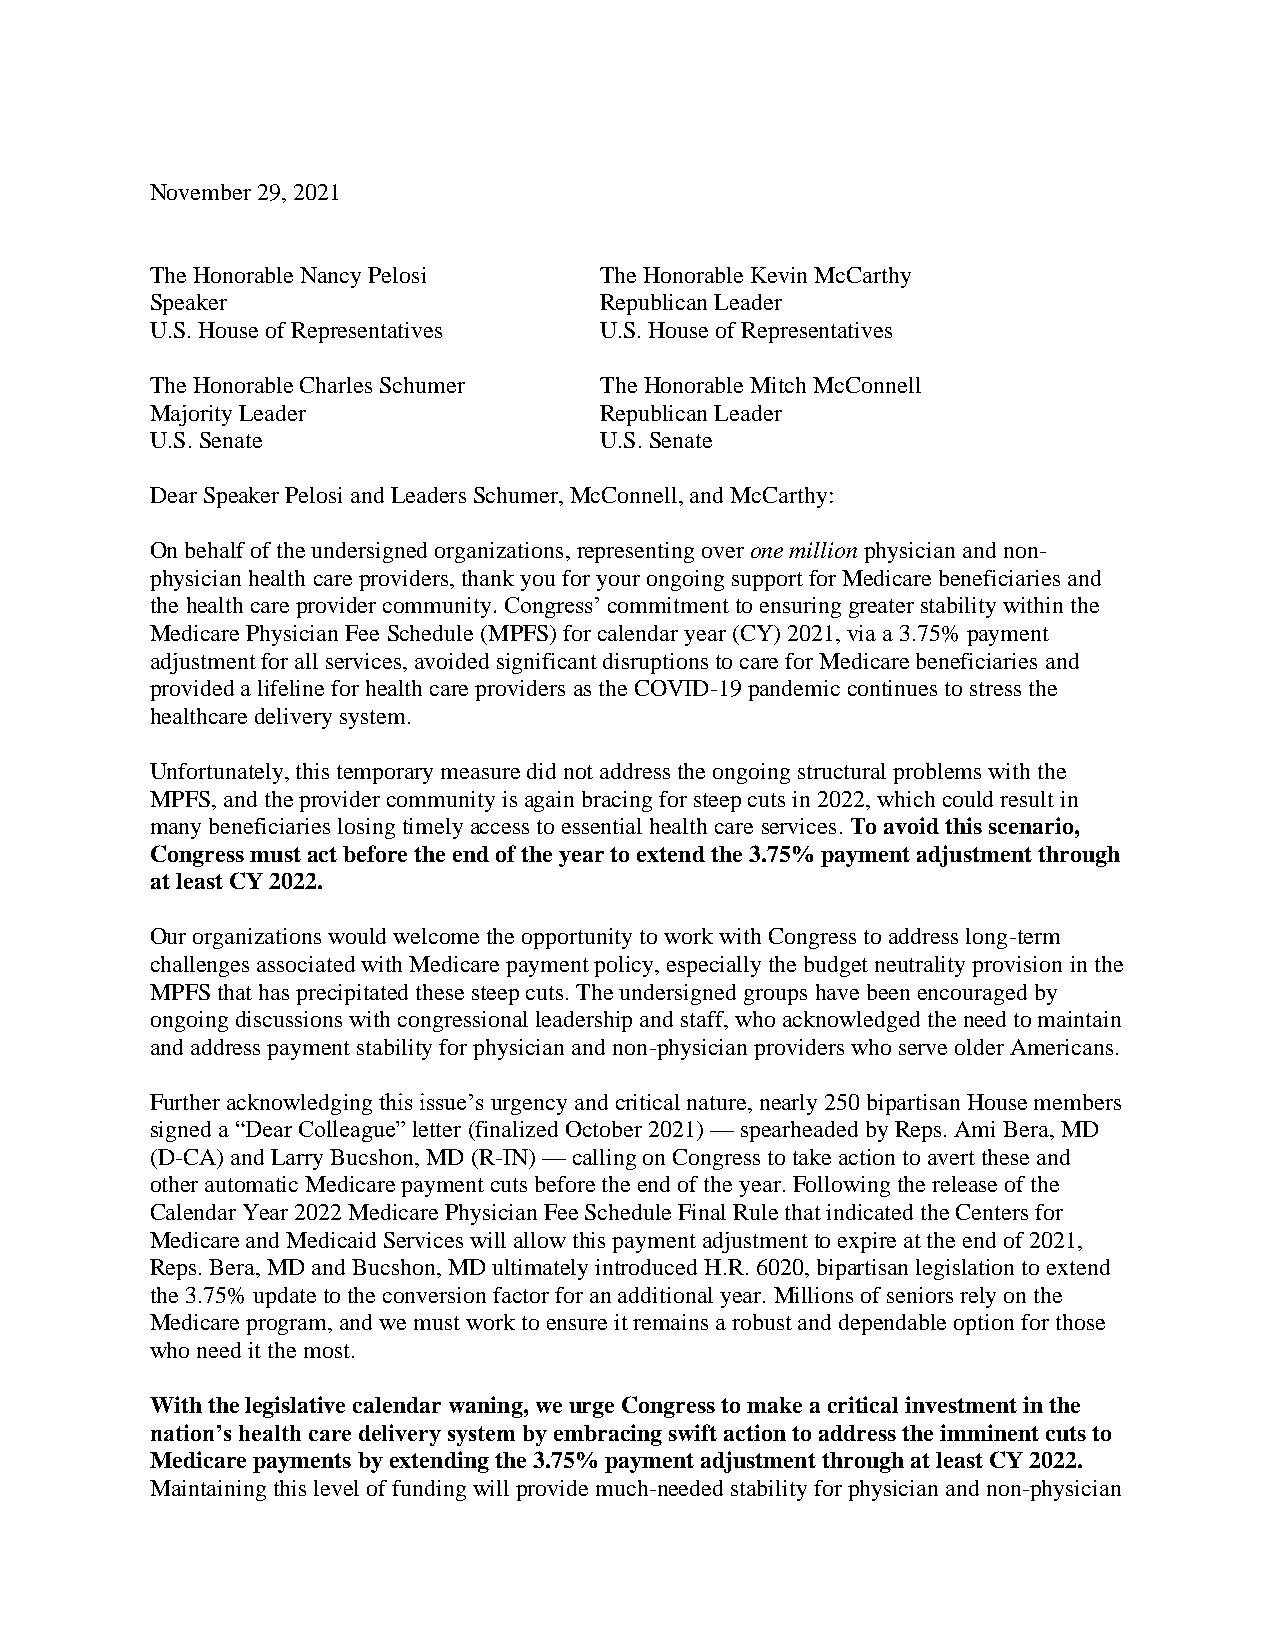
November 29, 2021
 The Honorable Nancy Pelosi    The Honorable Kevin McCarthy
 Speaker                       Republican Leader
 U.S. House of Representatives U.S. House of Representatives
 The Honorable Charles Schumer The Honorable Mitch McConnell
 Majority Leader               Republican Leader
 U.S. Senate                   U.S. Senate
 Dear Speaker Pelosi and Leaders Schumer, McConnell, and McCarthy:
 On behalf of the undersigned organizations, representing over one million physician and non-
 physician health care providers, thank you for your ongoing support for Medicare beneficiaries and
 the health care provider community. Congress’ commitment to ensuring greater stability within the
 Medicare Physician Fee Schedule (MPFS) for calendar year (CY) 2021, via a 3.75% payment
 adjustment for all services, avoided significant disruptions to care for Medicare beneficiaries and
 provided a lifeline for health care providers as the COVID-19 pandemic continues to stress the
 healthcare delivery system.
 Unfortunately, this temporary measure did not address the ongoing structural problems with the
 MPFS, and the provider community is again bracing for steep cuts in 2022, which could result in
 many beneficiaries losing timely access to essential health care services. To avoid this scenario,
 Congress must act before the end of the year to extend the 3.75% payment adjustment through
 at least CY 2022.
 Our organizations would welcome the opportunity to work with Congress to address long-term
 challenges associated with Medicare payment policy, especially the budget neutrality provision in the
 MPFS that has precipitated these steep cuts. The undersigned groups have been encouraged by
 ongoing discussions with congressional leadership and staff, who acknowledged the need to maintain
 and address payment stability for physician and non-physician providers who serve older Americans.
 Further acknowledging this issue’s urgency and critical nature, nearly 250 bipartisan House members
 signed a “Dear Colleague” letter (finalized October 2021) — spearheaded by Reps. Ami Bera, MD
 (D-CA) and Larry Bucshon, MD (R-IN) — calling on Congress to take action to avert these and
 other automatic Medicare payment cuts before the end of the year. Following the release of the
 Calendar Year 2022 Medicare Physician Fee Schedule Final Rule that indicated the Centers for
 Medicare and Medicaid Services will allow this payment adjustment to expire at the end of 2021,
 Reps. Bera, MD and Bucshon, MD ultimately introduced H.R. 6020, bipartisan legislation to extend
 the 3.75% update to the conversion factor for an additional year. Millions of seniors rely on the
 Medicare program, and we must work to ensure it remains a robust and dependable option for those
 who need it the most.
 With the legislative calendar waning, we urge Congress to make a critical investment in the
 nation’s health care delivery system by embracing swift action to address the imminent cuts to
 Medicare payments by extending the 3.75% payment adjustment through at least CY 2022.
 Maintaining this level of funding will provide much-needed stability for physician and non-physician